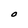
Character: O